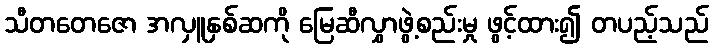
သီတတေဇော အလှူနှစ်ဆကို မြေဆီလွှာဖွဲ့စည်းမှု ဖွင့်ထား၍ တပည့်သည်